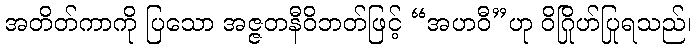
အတိတ်ကာကို ပြသော အဇ္ဇတနီဝိဘတ်ဖြင့် “အဟဝီ”ဟု ဝိဂြိုဟ်ပြုရသည်၊